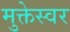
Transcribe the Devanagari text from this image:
मुक्तेस्वर